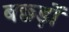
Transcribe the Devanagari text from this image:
बछ्ड़ों